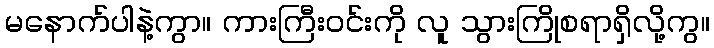
မနောက်ပါနဲ့ကွာ။ ကားကြီးဝင်းကို လူ သွားကြိုစရာရှိလို့ကွ။